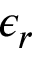
\epsilon _ { r }